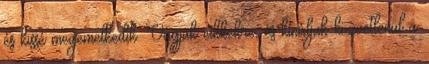
és kissé megemelkedik. Vágjuk cikkekre, és kínáljuk közvetlenül a